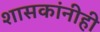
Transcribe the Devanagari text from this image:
शासकांनीही